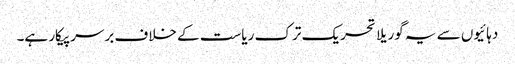
دہائیوں سے یہ گوریلا تحریک ترک ریاست کے خلاف برسرپیکار ہے۔